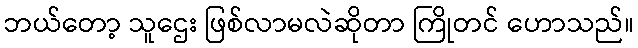
ဘယ်တော့ သူဌေး ဖြစ်လာမလဲဆိုတာ ကြိုတင် ဟောသည်။